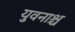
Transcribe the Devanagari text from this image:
युवनाश्च